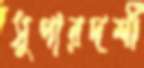
সুপারদর্শী